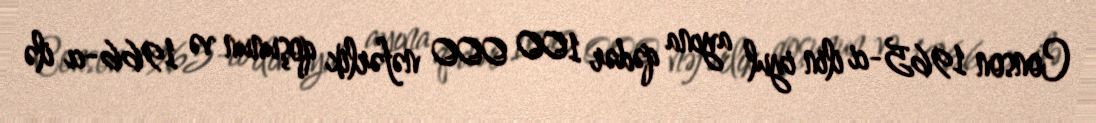
Conson 1965-ci ilin iyul ayına qədər 100 000 nəfərlik qoşunun və 1966-cı ilə